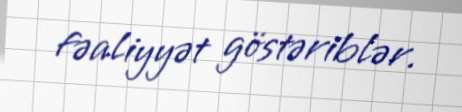
fəaliyyət göstəriblər.